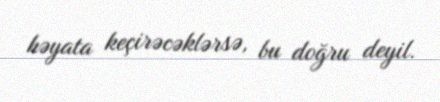
həyata keçirəcəklərsə, bu doğru deyil.